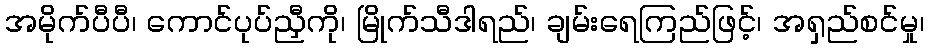
အမိုက်ပီပီ၊ ကောင်ပုပ်ညှီကို၊ မြိုက်သီဒါရည်၊ ချမ်းရေကြည်ဖြင့်၊ အရှည်စင်မှု၊